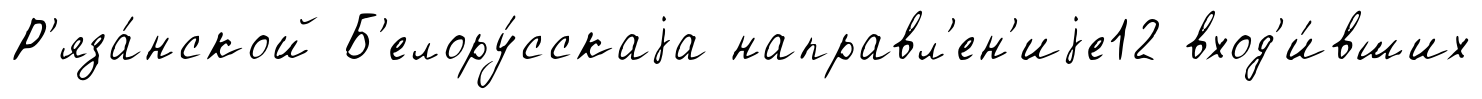
Р'яза́нской Б'елору́сскаjа направл'ен'иjе12 вход'и́вших